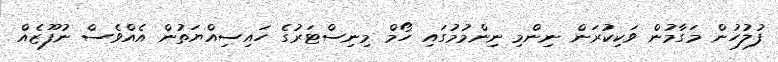
ފުލުހުން މަގާމުން ވަކިކުރަން ނިންމި ނިންމުމުގައި ހޯމް މިނިސްޓަރުގެ ހައިސިއްޔަތުން އެއްވެސް ނުފޫޒެއް